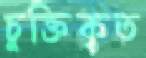
চুক্তিকৃত